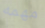
مهمه